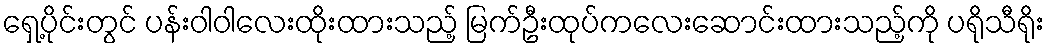
ရှေ့ပိုင်းတွင် ပန်းဝါဝါလေးထိုးထားသည့် မြက်ဦးထုပ်ကလေးဆောင်းထားသည့်ကို ပရိုသီရိုး